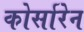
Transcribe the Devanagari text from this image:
कोर्सारेन